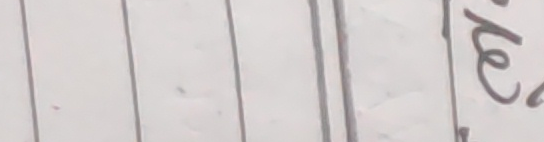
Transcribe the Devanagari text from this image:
के